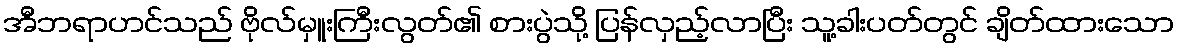
အီဘရာဟင်သည် ဗိုလ်မှူးကြီးလွတ်၏ စားပွဲသို့ ပြန်လှည့်လာပြီး သူ့ခါးပတ်တွင် ချိတ်ထားသော